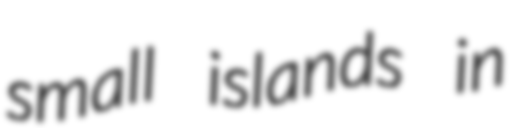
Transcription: small islands in